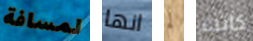
لمسافة انها لم كانت